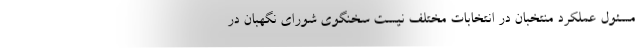
مسئول عملکرد منتخبان در انتخابات مختلف نیست سخنگوی شورای نگهبان در